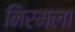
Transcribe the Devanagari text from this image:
निरमला